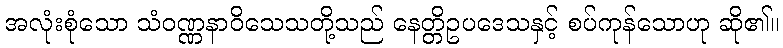
အလုံးစုံသော သံဝဏ္ဏနာဝိသေသတို့သည် နေတ္တိဥပဒေသနှင့် စပ်ကုန်သောဟု ဆို၏။